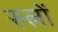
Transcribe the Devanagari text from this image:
रुलों